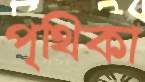
পৃথিকা